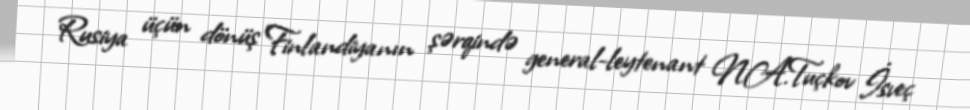
Rusiya üçün dönüş Finlandiyanın şərqində general-leytenant N.A.Tuçkov İsveç